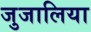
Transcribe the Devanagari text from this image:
जुजालिया